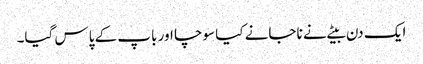
ایک دن بیٹے نے ناجانے کیا سوچا اور باپ کے پاس گیا۔